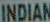
INDIAN